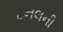
ટનલની